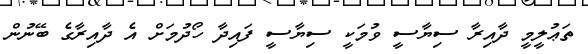
ތަޢުލީމީ ދާއިރާ ސިޔާސީ ވުމަކީ ސިޔާސީ ފައިދާ ހޯދުމަށް އެ ދާއިރާގެ ބޭނުން